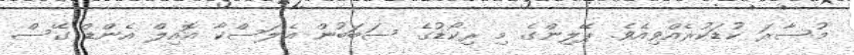
މުސާރަ ކުޑަކުރެއްވިއެވެ. ޕޭލިންގެ މި ރިކޯޑުގެ ސަބަބުން އެލަސްކާ އޮއިލް އެންޑް ގޭސް